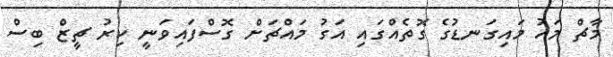
މާޗް މަހު މައިގަނޑުގެ ގޮތެއްގައި އަގު މައްޗަށް ގޮސްފައިވަނީ ކިރު ޗީޒް ބިސް